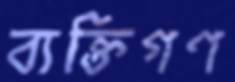
ব্যক্তিগণ